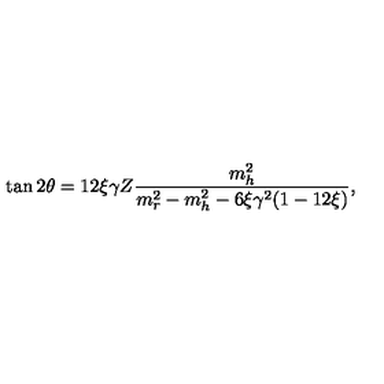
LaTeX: \tan 2 \theta = 1 2 \xi \gamma Z \frac { m _ { h } ^ { 2 } } { m _ { r } ^ { 2 } - m _ { h } ^ { 2 } - 6 \xi \gamma ^ { 2 } ( 1 - 1 2 \xi ) } \mathrm { , }